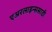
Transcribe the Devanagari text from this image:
एअरलाइन्ससाठी